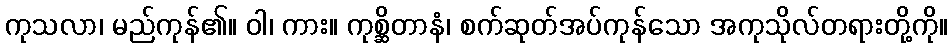
ကုသလာ၊ မည်ကုန်၏။ ဝါ၊ ကား။ ကုစ္ဆိတာနံ၊ စက်ဆုတ်အပ်ကုန်သော အကုသိုလ်တရားတို့ကို။